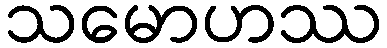
သမောဟဿ